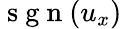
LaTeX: \mathrm{~s~g~n~}(u_{x})